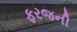
ફરજની